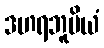
ဒဟရဘူမိယံ